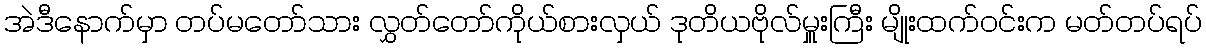
အဲဒီနောက်မှာ တပ်မတော်သား လွှတ်တော်ကိုယ်စားလှယ် ဒုတိယဗိုလ်မှူးကြီး မျိုးထက်ဝင်းက မတ်တပ်ရပ်